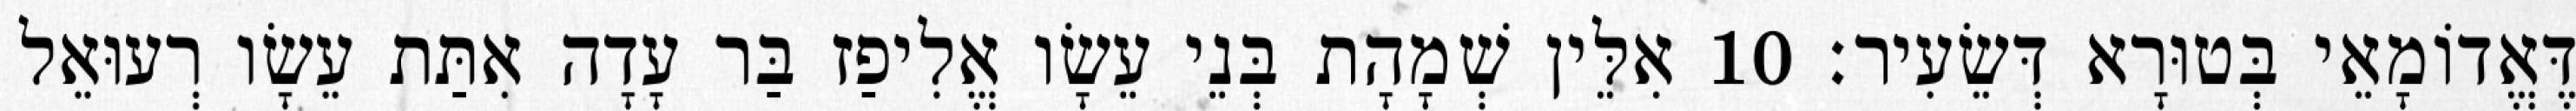
דֶּאֱדוֹמָאֵי בְּטוּרָא דְּשֵׂעִיר׃ 10 אִלֵּין שְׁמָהָת בְּנֵי עֵשָׂו אֱלִיפַז בַּר עָדָה אִתַּת עֵשָׂו רְעוּאֵל